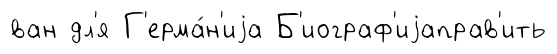
ван дл'я Г'ерма́н'иjа Б'иограф'иjаправ'ить